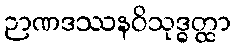
ဉာဏဒဿနဝိသုဒ္ဓတ္ထာ